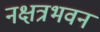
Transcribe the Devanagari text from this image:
नक्षत्रभवन